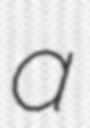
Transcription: a